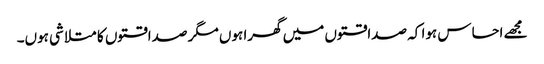
مجھے احساس ہوا کہ صداقتوں میں گھرا ہوں مگر صداقتوں کا متلاشی ہوں۔